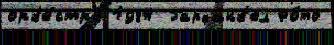
орк'е́стры 1984 Гарфанк'ел Фо́то